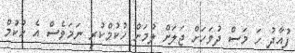
ފުއާދު ހަ މަސް ދުވަހަށް ޖަލަށް ލުމަށް ހުކުމްކުރި ނަމަވެސް އެ ހުކުމް